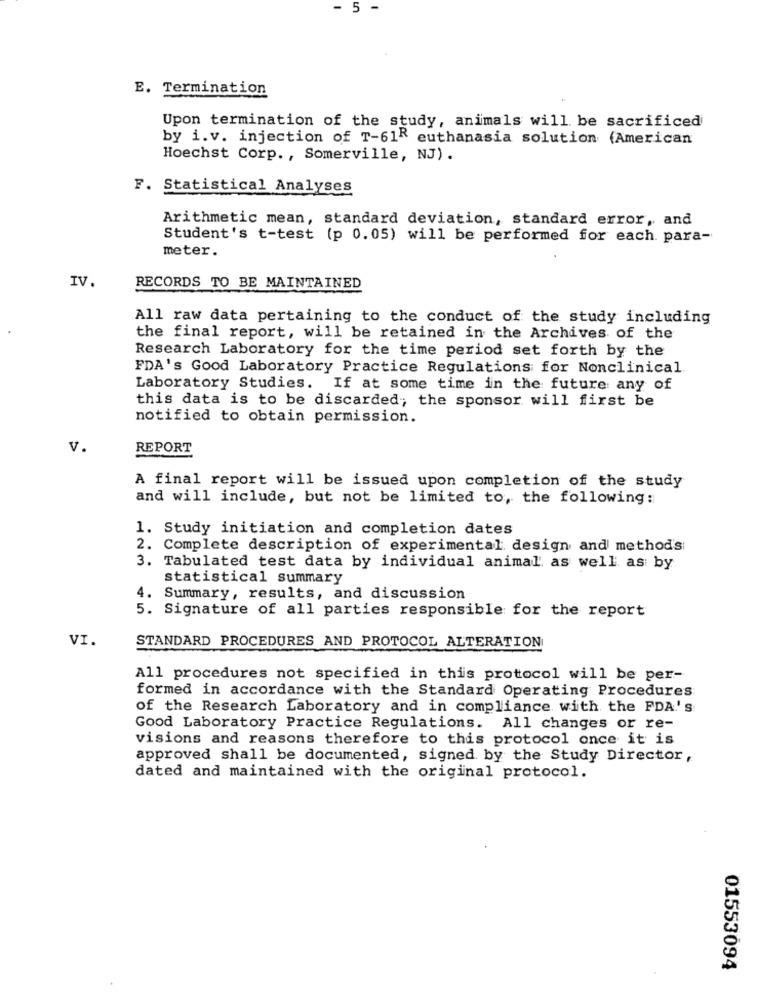
- 5
-
E. Termination
.
Upon termination of the study, animals will be sacrificed
by i.v. injection of T-61R euthanasia solution (American
Hoechst Corp. , Somerville, NJ).
F. Statistical Analyses
Arithmetic mean, standard deviation, standard error, and
Student's t-test (p 0.05) will be performed for each. para-
meter.
IV.
RECORDS TO BE MAINTAINED
All raw data pertaining to the conduct of the study including
the final report, will be retained in the Archives of the
Research Laboratory for the time period set forth by the
FDA's Good Laboratory Practice Regulations for Nonclinical
Laboratory Studies. If at some time in the future any of
this data is to be discarded; the sponsor will first be
notified to obtain permission.
V.
REPORT
A final report will be issued upon completion of the study
and will include, but not be limited to, the following:
1. Study initiation and completion dates
2. Complete description of experimental design and method's:
3. Tabulated test data by individual animal as well as by
statistical summary
4. Summary, results, and discussion
5. Signature of all parties responsible for the report
VI.
STANDARD PROCEDURES AND PROTOCOL ALTERATION
All procedures not specified in this protocol will be per-
formed in accordance with the Standard Operating Procedures
of the Research Laboratory and in compliance with the FDA.' s
Good Laboratory Practice Regulations. All changes or re-
visions and reasons therefore to this protocol once it is
approved shall be documented, signed by the Study Director,
dated and maintained with the original protocol.
01553094